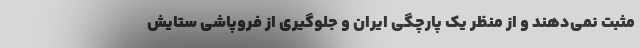
مثبت نمی‌دهند و از منظر یک پارچگی ایران و جلوگیری از فروپاشی ستایش